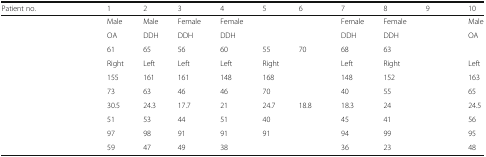
<table><thead><tr><td><b>Patient no.</b></td><td><b>1</b></td><td><b>2</b></td><td><b>3</b></td><td><b>4</b></td><td><b>5</b></td><td><b>6</b></td><td><b>7</b></td><td><b>8</b></td><td><b>9</b></td><td><b>10</b></td></tr></thead><tbody><tr><td>[EMPTY_CELL]</td><td>Male</td><td>Male</td><td>Female</td><td>Female</td><td>[EMPTY_CELL]</td><td>[EMPTY_CELL]</td><td>Female</td><td>Female</td><td>[EMPTY_CELL]</td><td>Male</td></tr><tr><td>[EMPTY_CELL]</td><td>OA</td><td>DDH</td><td>DDH</td><td>DDH</td><td>[EMPTY_CELL]</td><td>[EMPTY_CELL]</td><td>DDH</td><td>DDH</td><td>[EMPTY_CELL]</td><td>OA</td></tr><tr><td>[EMPTY_CELL]</td><td>61</td><td>65</td><td>56</td><td>60</td><td>55</td><td>70</td><td>68</td><td>63</td><td>[EMPTY_CELL]</td><td>[EMPTY_CELL]</td></tr><tr><td>[EMPTY_CELL]</td><td>Right</td><td>Left</td><td>Left</td><td>Left</td><td>Right</td><td>[EMPTY_CELL]</td><td>Left</td><td>Right</td><td>[EMPTY_CELL]</td><td>Left</td></tr><tr><td>[EMPTY_CELL]</td><td>155</td><td>161</td><td>161</td><td>148</td><td>168</td><td>[EMPTY_CELL]</td><td>148</td><td>152</td><td>[EMPTY_CELL]</td><td>163</td></tr><tr><td>[EMPTY_CELL]</td><td>73</td><td>63</td><td>46</td><td>46</td><td>70</td><td>[EMPTY_CELL]</td><td>40</td><td>55</td><td>[EMPTY_CELL]</td><td>65</td></tr><tr><td>[EMPTY_CELL]</td><td>30.5</td><td>24.3</td><td>17.7</td><td>21</td><td>24.7</td><td>18.8</td><td>18.3</td><td>24</td><td>[EMPTY_CELL]</td><td>24.5</td></tr><tr><td>[EMPTY_CELL]</td><td>51</td><td>53</td><td>44</td><td>51</td><td>40</td><td>[EMPTY_CELL]</td><td>45</td><td>41</td><td>[EMPTY_CELL]</td><td>56</td></tr><tr><td>[EMPTY_CELL]</td><td>97</td><td>98</td><td>91</td><td>91</td><td>91</td><td>[EMPTY_CELL]</td><td>94</td><td>99</td><td>[EMPTY_CELL]</td><td>95</td></tr><tr><td>[EMPTY_CELL]</td><td>59</td><td>47</td><td>49</td><td>38</td><td>[EMPTY_CELL]</td><td>[EMPTY_CELL]</td><td>36</td><td>23</td><td>[EMPTY_CELL]</td><td>48</td></tr></tbody></table>